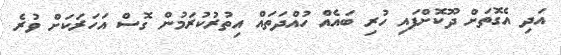
އަދި އެގޮތަށް ދޫކޮށްފައި ހުރި ބައެއް ހުއްދަތައް އިތުރުކުރަމުން ގޮސް އަހަރަކަށް ވުރެ